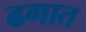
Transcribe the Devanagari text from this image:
ढगात